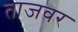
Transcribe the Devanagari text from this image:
ताजवर